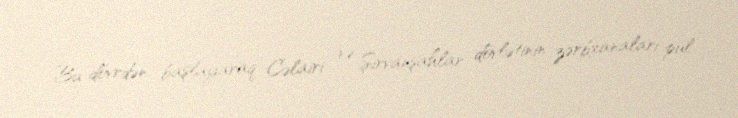
Bu dövrdən başlayaraq Cəlairi və Şirvanşahlar dövlətinin zərbxanaları pul